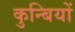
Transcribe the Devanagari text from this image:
कुन्बियों